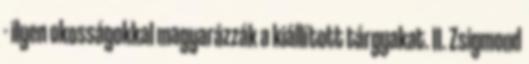
- ilyen okosságokkal magyarázzák a kiállított tárgyakat. II. Zsigmond